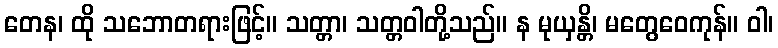
တေန၊ ထို သဘောတရားဖြင့်။ သတ္တာ၊ သတ္တဝါတို့သည်။ န မုယှန္တိ၊ မတွေဝေကုန်။ ဝါ၊